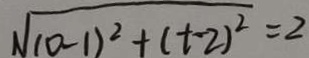
\sqrt { ( 0 - 1 ) ^ { 2 } + ( t - 2 ) ^ { 2 } } = 2